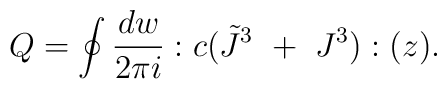
Q=\oint{dw\over2\pi i}:c(\tilde J^3~+~J^3):(z).